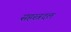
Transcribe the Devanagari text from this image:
सहस्त्रदल